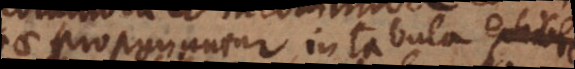
proponuntur in tabula